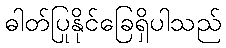
ဓါတ်ပြုနိုင်ခြေရှိပါသည်